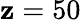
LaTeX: \mathbf{z}=50